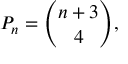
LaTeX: P _ { n } = { \binom { n + 3 } { 4 } } ,